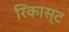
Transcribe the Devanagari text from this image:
रिकास्ट